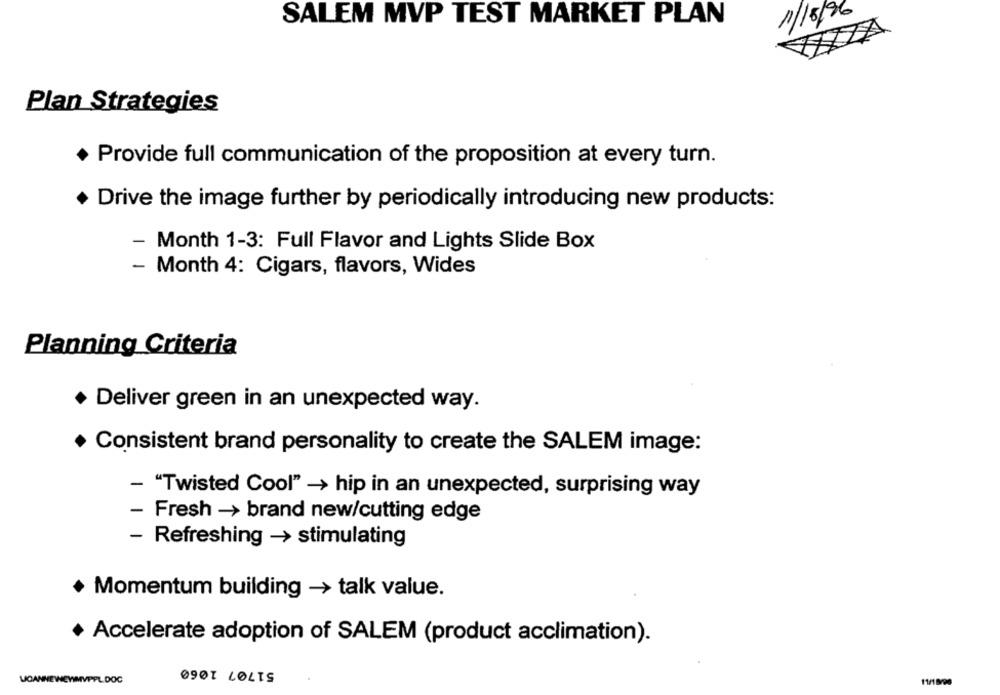
SALEM MVP TEST MARKET PLAN
1/5/96
Plan Strategies
Provide full communication of the proposition at every turn.
. Drive the image further by periodically introducing new products:
- Month 1-3: Full Flavor and Lights Slide Box
-
Month 4: Cigars, flavors, Wides
Planning Criteria
+ Deliver green in an unexpected way.
+ Consistent brand personality to create the SALEM image:
- "Twisted Cool" -> hip in an unexpected, surprising way
- Fresh -> brand new/cutting edge
- Refreshing -> stimulating
Momentum building -> talk value.
+ Accelerate adoption of SALEM (product acclimation).
51707 1060
WOANNEWEYIM
DOC
11/18/96